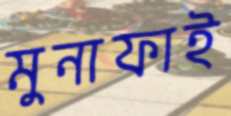
মুনাফাই